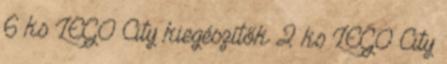
6 ks LEGO City kiegészítők 2 ks LEGO City